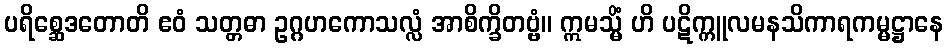
ပရိစ္ဆေဒတောတိ ဧဝံ သတ္တဓာ ဥဂ္ဂဟကောသလ္လံ အာစိက္ခိတဗ္ဗံ။ ဣမသ္မိံ ဟိ ပဋိက္ကူလမနသိကာရကမ္မဋ္ဌာနေ